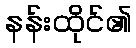
နန်းထိုင်၏